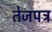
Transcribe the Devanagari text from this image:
तेजपत्र